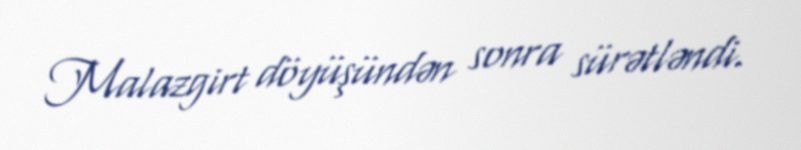
Malazgirt döyüşündən sonra sürətləndi.